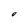
Character: O